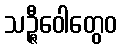
သဉ္ဇီဝေါတွေဝ